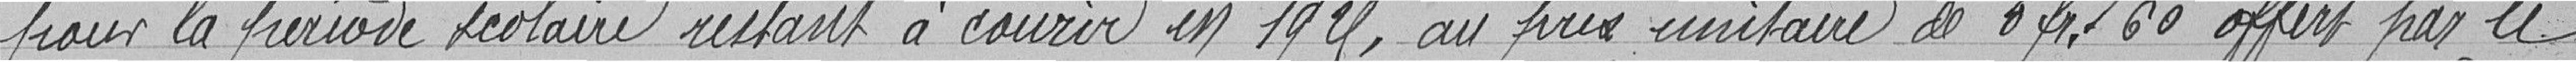
pour la période scolaire restant à courir en 1925, au prix unitaire de 0 franc 60 offert par le